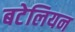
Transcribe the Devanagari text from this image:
बटेलियन